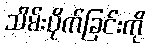
သိမ်းပိုက်ခြင်းကို